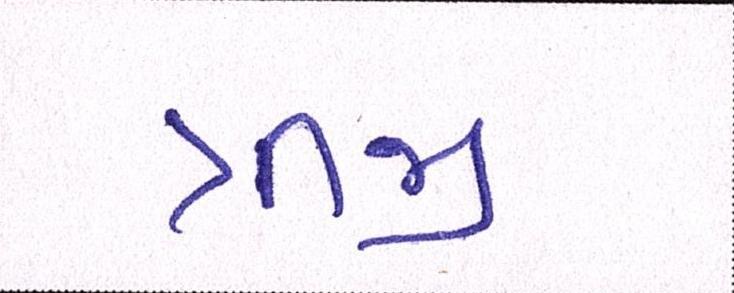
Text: ત્રીજી